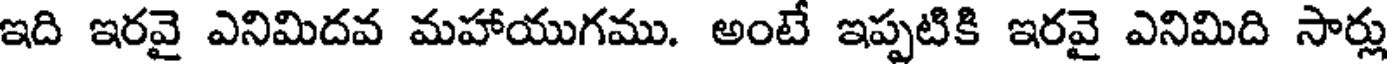
ఇది ఇరవై ఎనిమిదవ మహాయుగము. అంటే ఇప్పటికి ఇరవై ఎనిమిది సార్లు